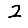
Digit: 2